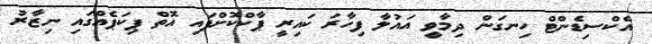
އެކްސިޑެންޓް ހިނގަން ދިމާވީ އައުލާ ފިހާރަ ކައިރީ ޕާކްކޮށްފައި އޮތް ޕިކަޕެއްގައި ނިޒާރު